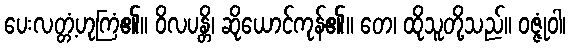
ပေးလတ္တံ့ဟုကြံ၏။ ဝိလပန္တိ၊ ဆိုယောင်ကုန်၏။ တေ၊ ထိုသူတို့သည်။ ဝဇ္ဇုံဝါ၊